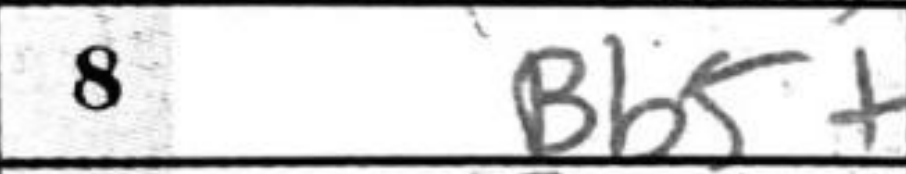
Transcription: Bb5+